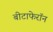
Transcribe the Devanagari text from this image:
बीटाफेरॉन